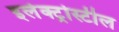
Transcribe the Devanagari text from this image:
इलेक्ट्रोस्टील